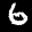
Label: 6